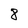
Character: 8